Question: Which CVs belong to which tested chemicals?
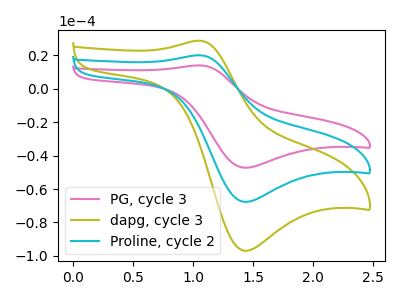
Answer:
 <answer>The pink curve is labeled "PG, cycle 3". The olive curve is labeled "dapg, cycle 3". The cyan curve is labeled "Proline, cycle 2".</answer>
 <eval></eval>